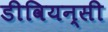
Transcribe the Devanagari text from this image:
डीवियन्सी